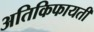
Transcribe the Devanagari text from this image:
अतिकिफायती